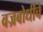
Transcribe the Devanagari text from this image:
वज्रबोधींचे